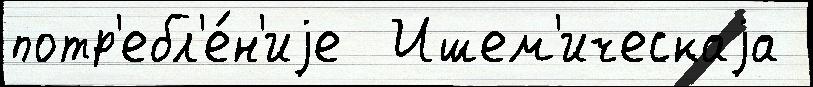
потр'ебл'е́н'иjе  Ишем'ическаjа